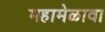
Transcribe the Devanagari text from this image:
महामेळावा